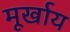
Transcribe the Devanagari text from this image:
मूर्खाय